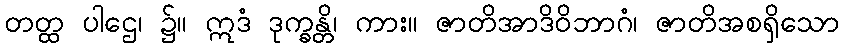
တတ္ထ ပါဌေ၊ ၌။ ဣဒံ ဒုက္ခန္တိ၊ ကား။ ဇာတိအာဒိဝိဘာဂံ၊ ဇာတိအစရှိသော